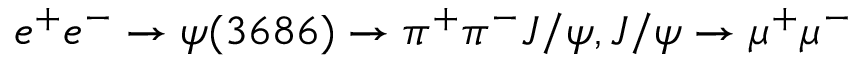
e ^ { + } e ^ { - } \rightarrow \psi ( 3 6 8 6 ) \rightarrow \pi ^ { + } \pi ^ { - } J / \psi , J / \psi \rightarrow \mu ^ { + } \mu ^ { - }